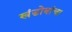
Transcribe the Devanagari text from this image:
खंडोबांचा